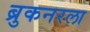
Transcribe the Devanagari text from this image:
ब्रुकनरला